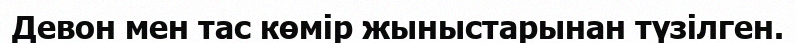
Девон мен тас көмір жыныстарынан түзілген.